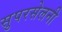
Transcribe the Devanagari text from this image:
सुपरसेलनी